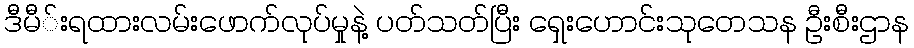
ဒီမီ်းရထားလမ်းဖောက်လုပ်မှုနဲ့ ပတ်သတ်ပြီး ရှေးဟောင်းသုတေသန ဦးစီးဌာန